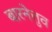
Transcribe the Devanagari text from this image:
बारनेत्तुव